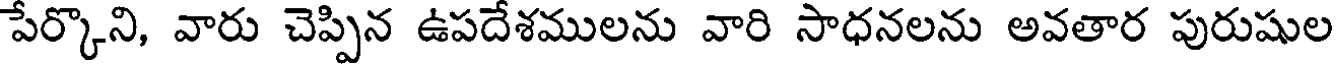
పేర్కొని, వారు చెప్పిన ఉపదేశములను వారి సాధనలను అవతార పురుషుల